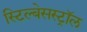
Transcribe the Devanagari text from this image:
स्टिल्बेसस्ट्रॉल